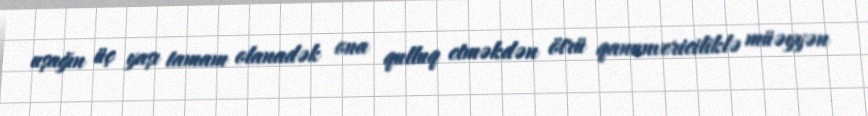
uşağın üç yaşı tamam olanadək ona qulluq etməkdən ötrü qanunvericiliklə müəyyən